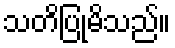
သတိပြုမိသည်။